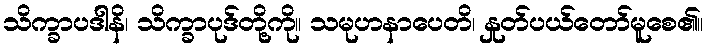
သိက္ခာပဒါနိ၊ သိက္ခာပုဒ်တို့ကို။ သမုဟနာပေတိ၊ နှုတ်ပယ်တော်မူစေ၏။